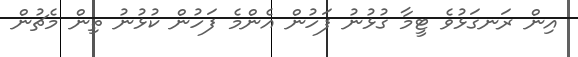
އިން ރަނގަޅުވެ ޓީމާ ގުޅުނު ފަހުން އެންމެ ފަހުން ކުޅުނު ތިން މެޗުން